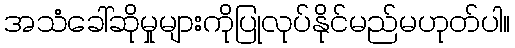
အသံခေါ်ဆိုမှုများကိုပြုလုပ်နိုင်မည်မဟုတ်ပါ။